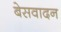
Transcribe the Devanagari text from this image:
बेसवादन